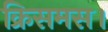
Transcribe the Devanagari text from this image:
क्रिसमस।